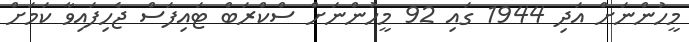
މީހުންނަށް އަދި 1944 ގައި 92 މީހުންނަށް ސްކްރަބް ޓައިފަސް ޖެހިފައިވާ ކަމަށް